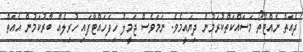
ދެއަތް ނެއްޓޭތޯ މަސައްކަތްކުރަމުން ދިޔައީމެވެ. ނަމަވެސް ޖަމީލު ހިފަހައްޓާފައި ހުރިލެއް ބާރުކަމުން އެއަތް